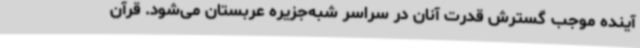
آینده موجب گسترش قدرت آنان در سراسر شبه‌جزیره عربستان می‌شود. قرآن